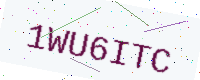
Text: 1WU6ITC